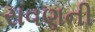
રાવણની